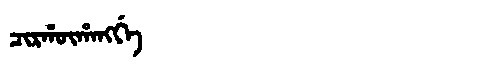
Manchu: ᠴᡳᡵᡥᡡᡥᠠᠩᡤᡝ
Romanization: CIRHŪHANGGE